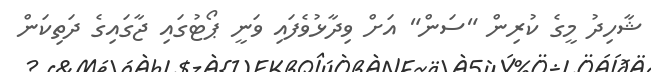
ޝާހިދު މީގެ ކުރިން "ސަން" އަށް ވިދާޅުވެފައި ވަނީ ޕޯޓުގައި ޖާގައިގެ ދަތިކަން